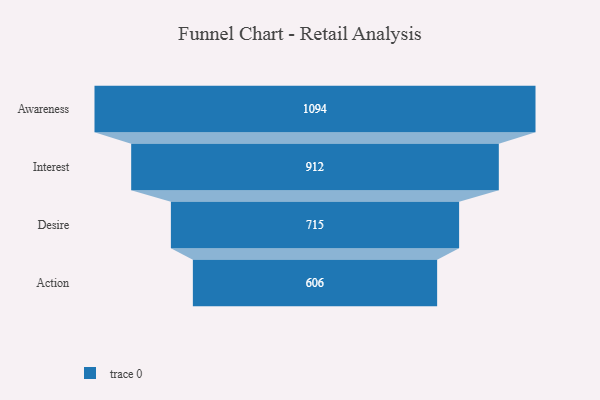
{"axis": {"x": "Stage", "y": "Value"}, "legend": [""], "data": [{"x": "Awareness", "y": 1094.0, "type": ""}, {"x": "Interest", "y": 912.0, "type": ""}, {"x": "Desire", "y": 715.0, "type": ""}, {"x": "Action", "y": 606.0, "type": ""}]}